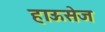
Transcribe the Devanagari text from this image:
हाऊसेज